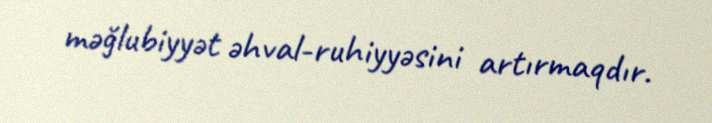
məğlubiyyət əhval-ruhiyyəsini artırmaqdır.